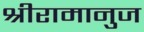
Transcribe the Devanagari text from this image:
श्रीरामानुज